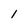
Character: 1